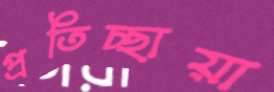
প্রতিচ্ছায়া